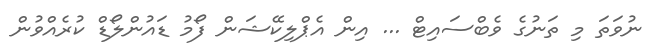
ނުވަތަ މި ތަނުގެ ވެބްސައިޓް ... އިން އެޕްލިކޭޝަން ފޯމު ޑައުންލޯޑް ކުރެއްވުން